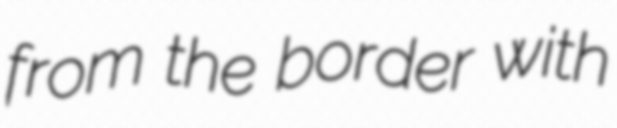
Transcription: from the border with